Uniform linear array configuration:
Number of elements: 16
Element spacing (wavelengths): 1
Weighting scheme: kaiser
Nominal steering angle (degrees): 30
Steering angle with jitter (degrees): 30.161
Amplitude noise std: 0.05
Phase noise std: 0.05

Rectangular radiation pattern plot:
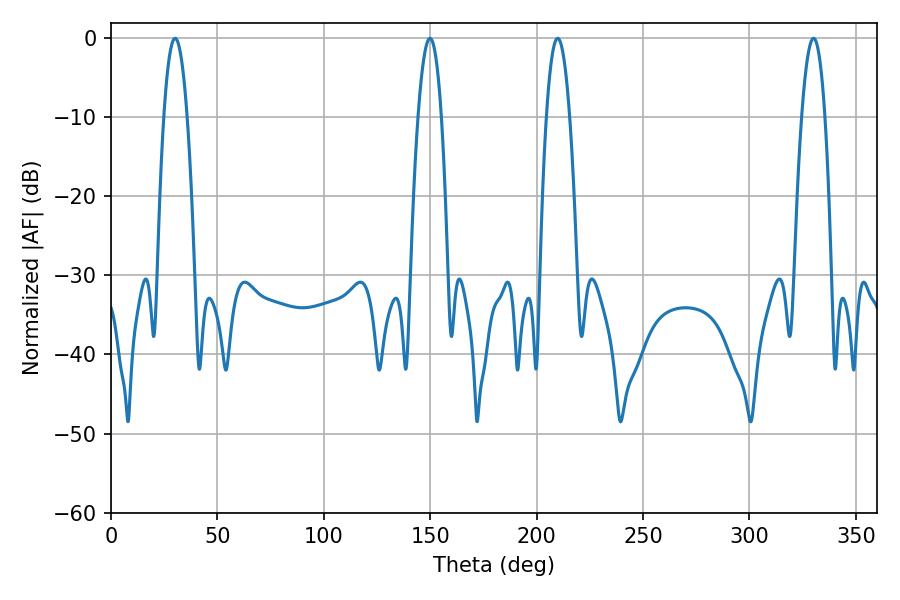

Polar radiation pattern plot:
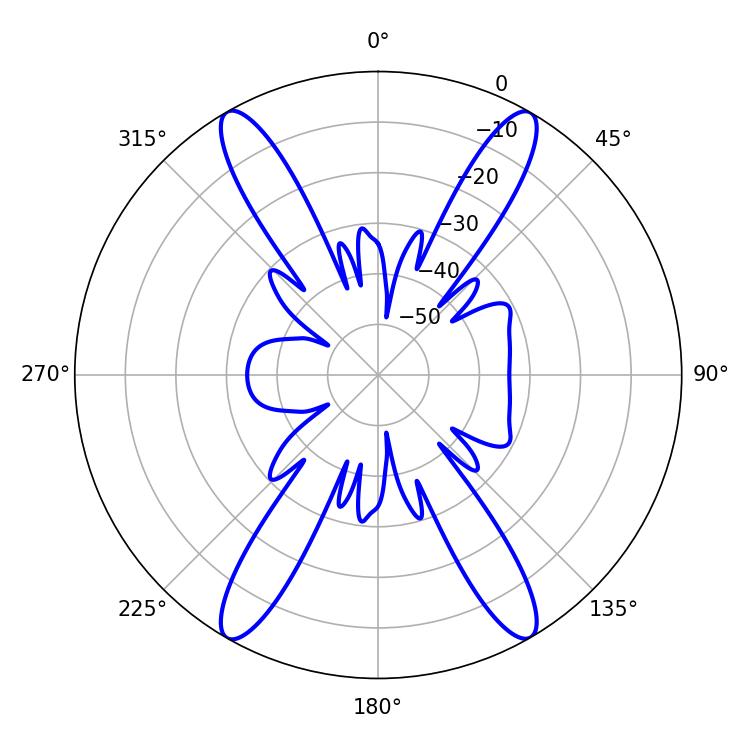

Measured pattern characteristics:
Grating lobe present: TRUE
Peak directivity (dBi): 31.58
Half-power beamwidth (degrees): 5.94
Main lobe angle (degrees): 209.88